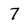
Character: 7